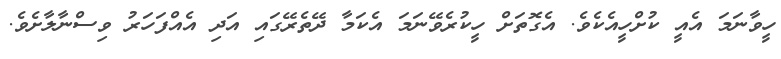
ހީވާނަމަ އެއީ ކުށްހީއެކެވެ. އެގޮތަށް ހީކުރެވޭނަމަ އެކަމާ ދޭތެރޭގައި އަދި އެއްފަހަރު ވިސްނާލާށެވެ.